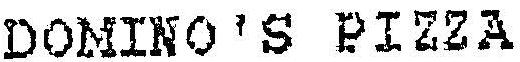
DONINO'S PIZZA